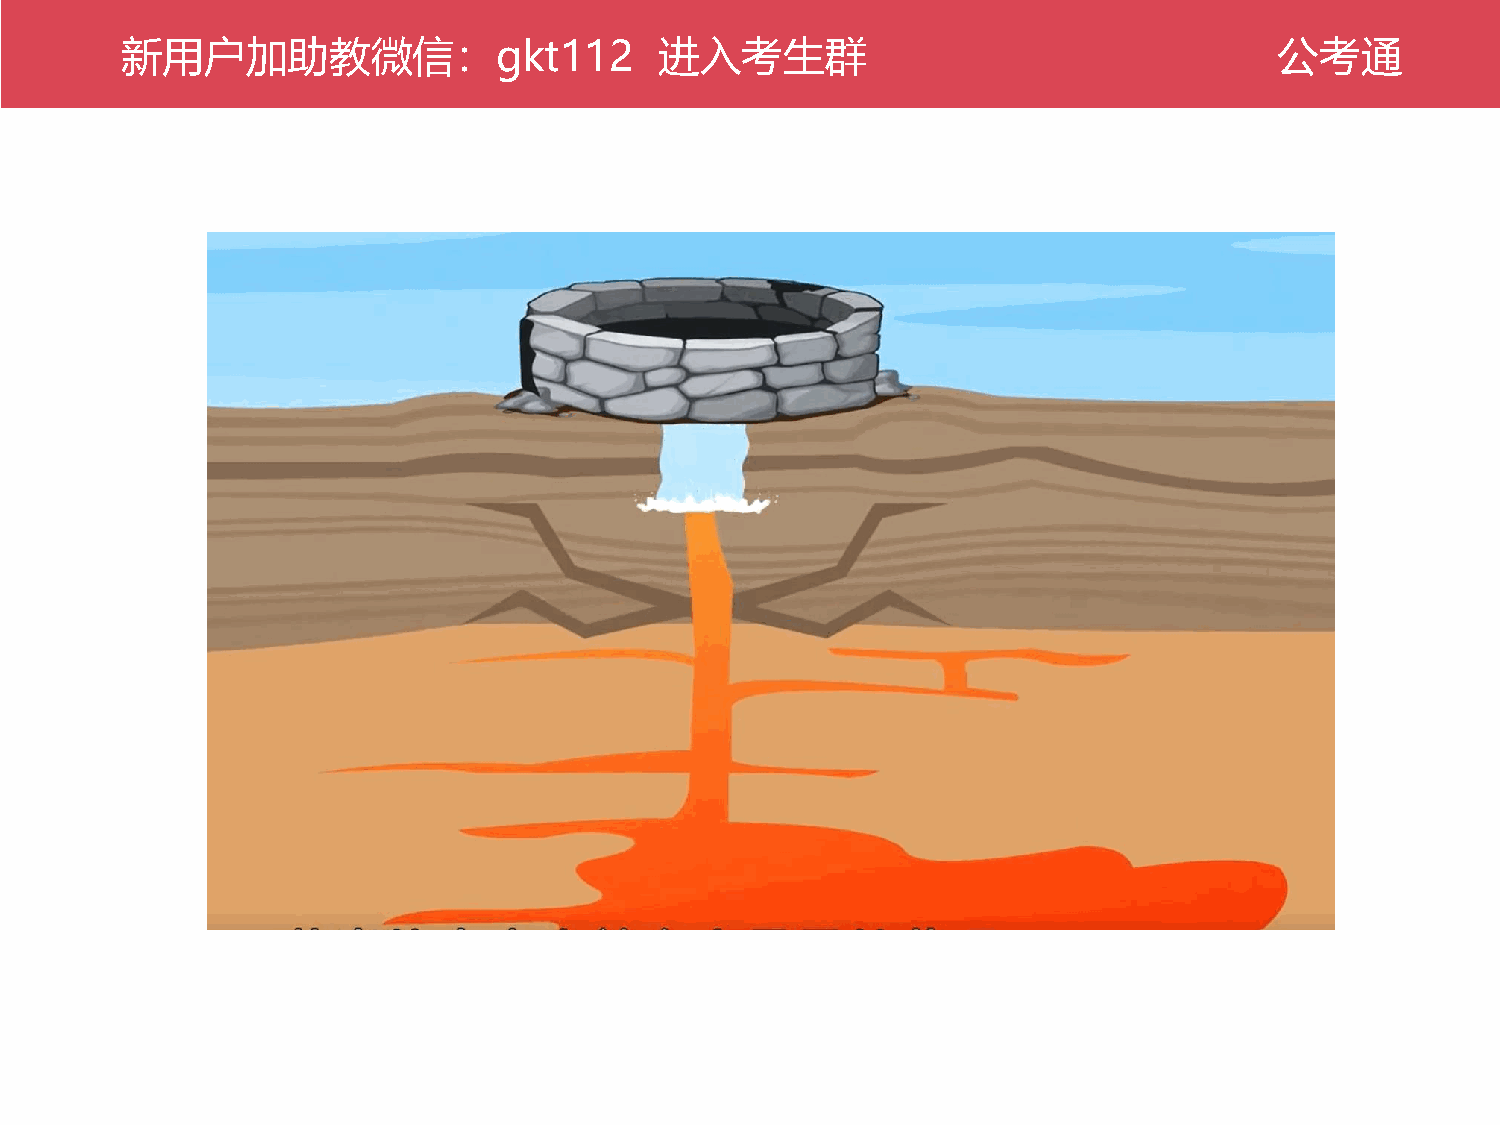
新公用考户通加助教微信：gkt112                  进入考生群                                    公考通